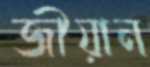
জীয়ান